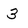
Character: 3